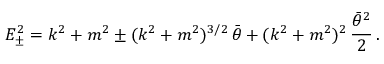
E _ { \pm } ^ { 2 } = k ^ { 2 } + m ^ { 2 } \pm ( k ^ { 2 } + m ^ { 2 } ) ^ { 3 / 2 } \, \bar { \theta } + ( k ^ { 2 } + m ^ { 2 } ) ^ { 2 } \, \frac { \bar { \theta } ^ { 2 } } { 2 } \, .